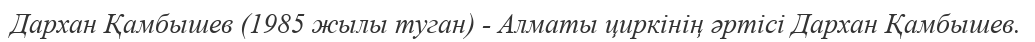
Дархан Қамбышев (1985 жылы туган) - Алматы циркінің әртісі Дархан Қамбышев.